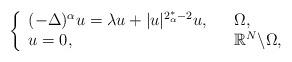
LaTeX: \begin{align*}\left\{\begin{array}{ll}(-\Delta)^\alpha u=\lambda u+|u|^{2_\alpha^*-2}u,~& ~\Omega,\\u=0,~~&~\mathbb{R}^N\backslash\Omega,\end{array}\right.\end{align*}